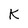
Character: k